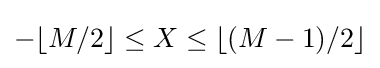
{\textstyle {-\lfloor M/2\rfloor }\leq X\leq \lfloor (M-1)/2\rfloor }